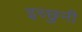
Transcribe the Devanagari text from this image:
इच्छुनी